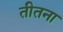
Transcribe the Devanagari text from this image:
तीतना